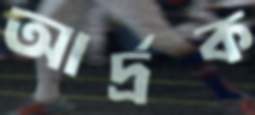
আর্দ্রক